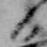
日